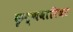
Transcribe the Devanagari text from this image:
कृष्णवारियर